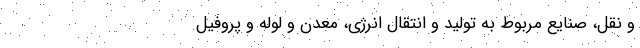
و نقل، صنایع مربوط به تولید و انتقال انرژی، معدن و لوله و پروفیل